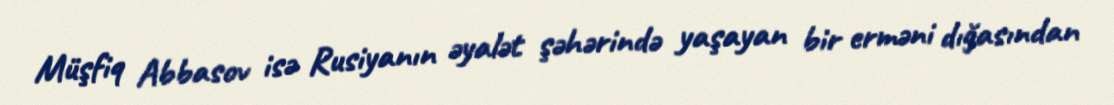
Müşfiq Abbasov isə Rusiyanın əyalət şəhərində yaşayan bir erməni dığasından